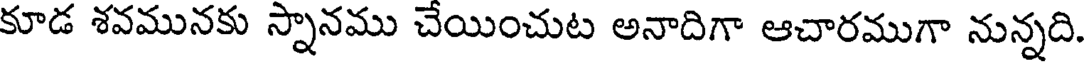
కూడ శవమునకు స్నానము చేయించుట అనాదిగా ఆచారముగా నున్నది.